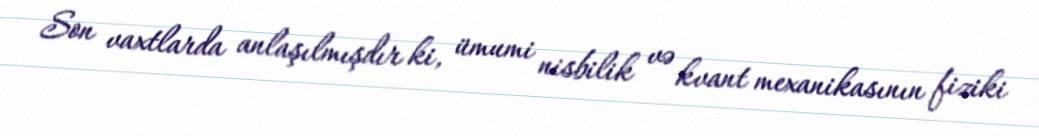
Son vaxtlarda anlaşılmışdır ki, ümumi nisbilik və kvant mexanikasının fiziki